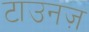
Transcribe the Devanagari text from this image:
टाउनज़